Vaccination North-Western Provinces and Oudh 1878-1895 - 1878-1895
Year: 1878
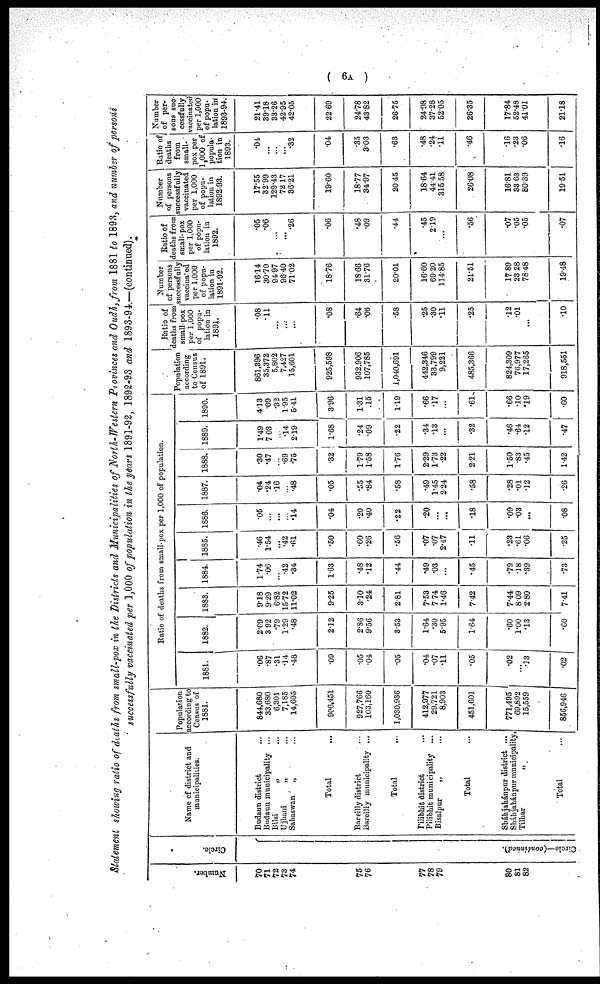
( 6A )
Statement showing ratio of deaths from small-pox in the Districts and Municipalities of North-Western Provinces and Oudh, from 1881 to 1893, and number of persons
successfully vaccinated per 1,000 of population in the years 1891-92, 1892-93 and 1893-94.—(continued).
Number.
70
71
72
73
74
75
76
77
78
79
80
81
82
Circle.
Circle—(continued).
Name of district and
municipalities.
Budaun district ...
Budaun municipality ...
Bilsi
„ ...
Ujhani
„ ...
Sahaswan
„ ...
Total ...
Bareilly district ...
Breilly municipality ...
Total ...
Pilibhit district ...
Pilibhit municipality ...
Bisalpur „ ...
Total ...
Sháhjahánpur district ...
Sháhjahánpur municipality,
Tilhar „
Total ...
Population
according to
Census of
1881.
844,680
33,680
6,301
7,185
14,605
906,451
927,766
103,160
1,030,936
412,977
29,721
8,903
451,601
771,495
69,892
15,559
856,946
Ratio of deaths from small-pox per 1,000 of population.
1881.
.06
.87
.31
.14
.48
.09
.05
.04
.05
.04
.07
.11
.05
.02
...
.13
.02
1882.
2.09
3.92
.79
1.29
.48
2.12
2.86
9.56
3.53
1.64
.30
5.95
1.64
.60
1.00
.13
.60
1883.
9.18
9.29
6.83
15.72
11.02
9.25
3.10
.24
2.81
7.53
7.74
1.46
7.42
7.44
8.09
2.80
7.41
1884.
1.74
.06
...
.42
.34
1.63
.48
.12
.44
.49
.03
...
.45
.79
.18
.39
.73
1885.
.46
1.54
...
.42
.61
.50
.60
.26
.56
.07
.07
2.47
.11
.23
.61
.06
.25
1886.
.05
...
...
...
.14
.04
.20
.40
.22
.20
...
...
.18
.09
.03
...
.08
1887.
.04
.24
.16
...
.48
.05
.55
.84
.58
.49
1.45
2.24
.58
.28
.01
.12
.26
1888.
.30
.47
...
.69
.75
.32
1.79
1.58
1.76
2.29
1.73
.22
2.21
1.50
.83
.45
1.42
1889.
1.49
7.03
...
.14
2.19
1.68
.24
.09
.22
.34
.13
...
.32
.46
.64
.12
.47
1890.
4.13
.09
.32
1.95
5.41
3.96
1.31
.15
1.19
.66
.17
...
.61
.66
.10
.19
.60
Population
according
to Census
of 1891.
861,396
35,372
5,802
7,427
15,601
925,598
932,906
107,785
1,040,691
442,346
33,799
9,221
485,366
824,309
76,977
17,265
918,551
Ratio of
deaths from
small pox
per 1,000
of popu-
lation in
1891.
.08
.11
...
...
...
.08
.64
.06
.58
.25
.30
.11
.25
.12
.01
...
.10
Number
of persons
successfully
vaccinated
per 1,000
of popu-
lation in
1891.92.
16.14
30.70
94.97
96.40
71.02
18.76
18.66
31.76
20.01
16.60
69.20
114.85
21.51
17.89
23.28
78.48
19.48
Ratio of
deaths from
small-pox
per 1,000
of popu-
lation in
1892.
.05
.06
...
...
.26
.06
.48
.09
.44
.45
2.19
...
.56
.07
.05
.05
.07
Number
of persons
successfully
vaccinated
per 1,000
of popu-
lation in
1892.93.
17.55
32.99
129.43
72.17
36.21
19.60
18.77
34.97
20.45
18.64
44.41
315.58
26.08
16.81
33.63
80.39
19.51
Ratio of
deaths
from
small-
pox per
1,000 of
popula-
tion in
1893.
.04
...
...
...
.32
.04
.35
3.03
.63
.48
.24
.11
.46
.16
.23
.06
.16
Number
of per-
sons suc-
cessfully
vaccinated
per 1,000
of popu-
lation in
1893.94.
21.41
39.18
33.26
42.95
42.05
22 69
24.78
43.82
26.75
24.98
37.28
52.05
26.35
17.84
52.48
41.01
21.18